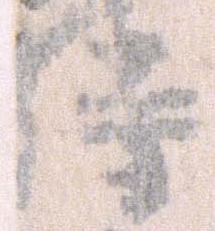
持